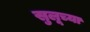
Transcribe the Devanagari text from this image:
सुलूच्या